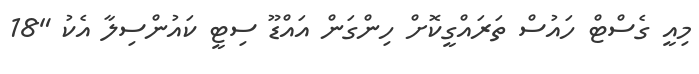
މިއީ ގެސްޓް ހައުސް ތަރައްގީކޮށް ހިންގަން އައްޑޫ ސިޓީ ކައުންސިލާ އެކު "18